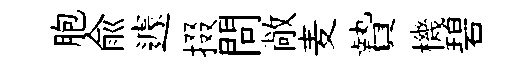
胞俞遽掇問敞麦贄機碧